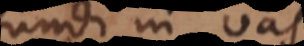
infundi in vas